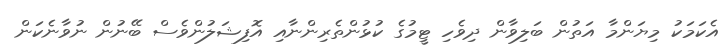
އެކަމަކު މިޔަންމާ އަތުން ބަލިވާން ދިވެހި ޓީމުގެ ކުޅުންތެރިންނާއި އޮފިޝަލުންވެސް ބޭނުން ނުވާނެކަން